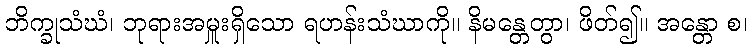
ဘိက္ခုသံဃံ၊ ဘုရားအမှူးရှိသော ရဟန်းသံဃာကို။ နိမန္တေတွာ၊ ဖိတ်၍။ အန္တော စ၊